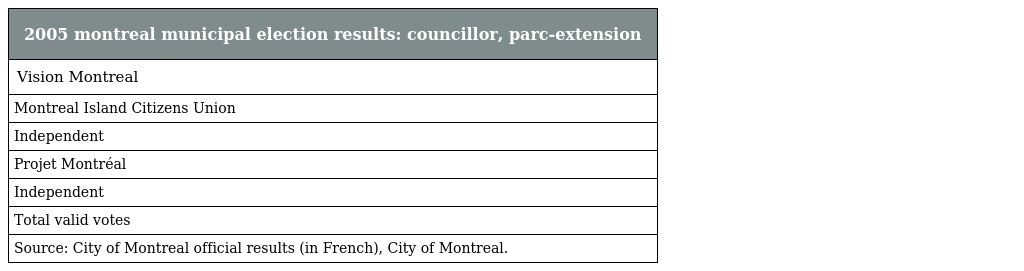
| 2005 montreal municipal election results: councillor, parc-extension |
 | --- |
 | Vision Montreal |
 | Montreal Island Citizens Union |
 | Independent |
 | Projet Montréal |
 | Independent |
 | Total valid votes |
 | Source: City of Montreal official results (in French), City of Montreal. |